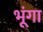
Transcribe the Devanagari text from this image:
भूंगा